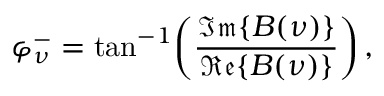
\varphi _ { \nu } ^ { - } = \mathrm { t a n } ^ { - 1 } \bigg ( \frac { \mathfrak { I m } \{ B ( \nu ) \} } { \mathfrak { R e } \{ B ( \nu ) \} } \bigg ) \, ,